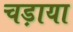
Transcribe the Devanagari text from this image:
चड़ाया